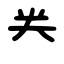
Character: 龹